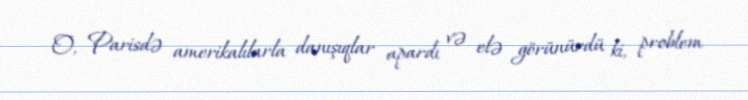
O, Parisdə amerikalılarla danışıqlar apardı və elə görünürdü ki, problem